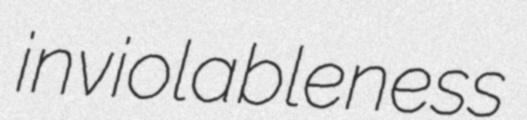
inviolableness